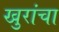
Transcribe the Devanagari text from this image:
खुरांचा